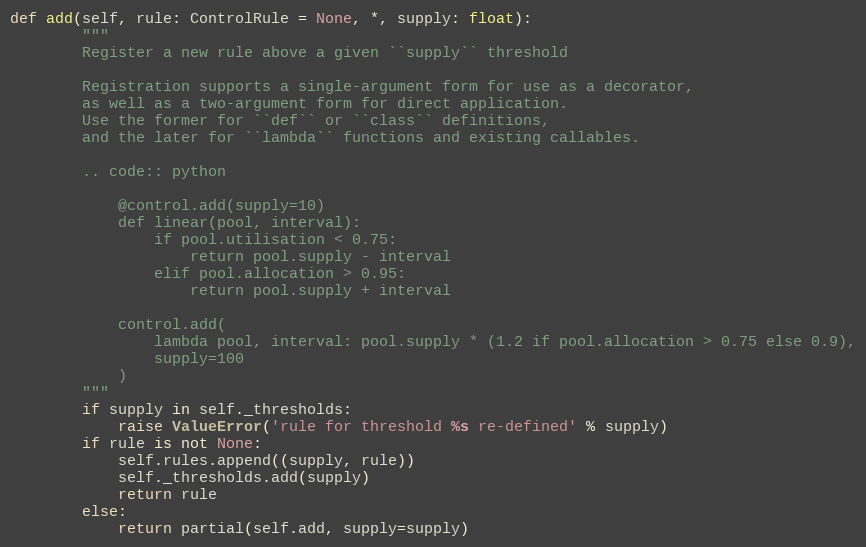
Language: Python
def add(self, rule: ControlRule = None, *, supply: float):
        """
        Register a new rule above a given ``supply`` threshold

        Registration supports a single-argument form for use as a decorator,
        as well as a two-argument form for direct application.
        Use the former for ``def`` or ``class`` definitions,
        and the later for ``lambda`` functions and existing callables.

        .. code:: python

            @control.add(supply=10)
            def linear(pool, interval):
                if pool.utilisation < 0.75:
                    return pool.supply - interval
                elif pool.allocation > 0.95:
                    return pool.supply + interval

            control.add(
                lambda pool, interval: pool.supply * (1.2 if pool.allocation > 0.75 else 0.9),
                supply=100
            )
        """
        if supply in self._thresholds:
            raise ValueError('rule for threshold %s re-defined' % supply)
        if rule is not None:
            self.rules.append((supply, rule))
            self._thresholds.add(supply)
            return rule
        else:
            return partial(self.add, supply=supply)